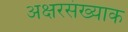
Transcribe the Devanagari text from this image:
अक्षरसंख्याक